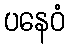
ပနေဝံ